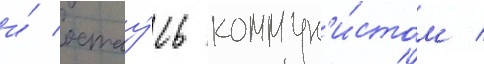
и́ остау́сь коммун'и́стом /